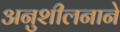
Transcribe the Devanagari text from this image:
अनुशीलनाने